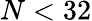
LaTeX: N<32